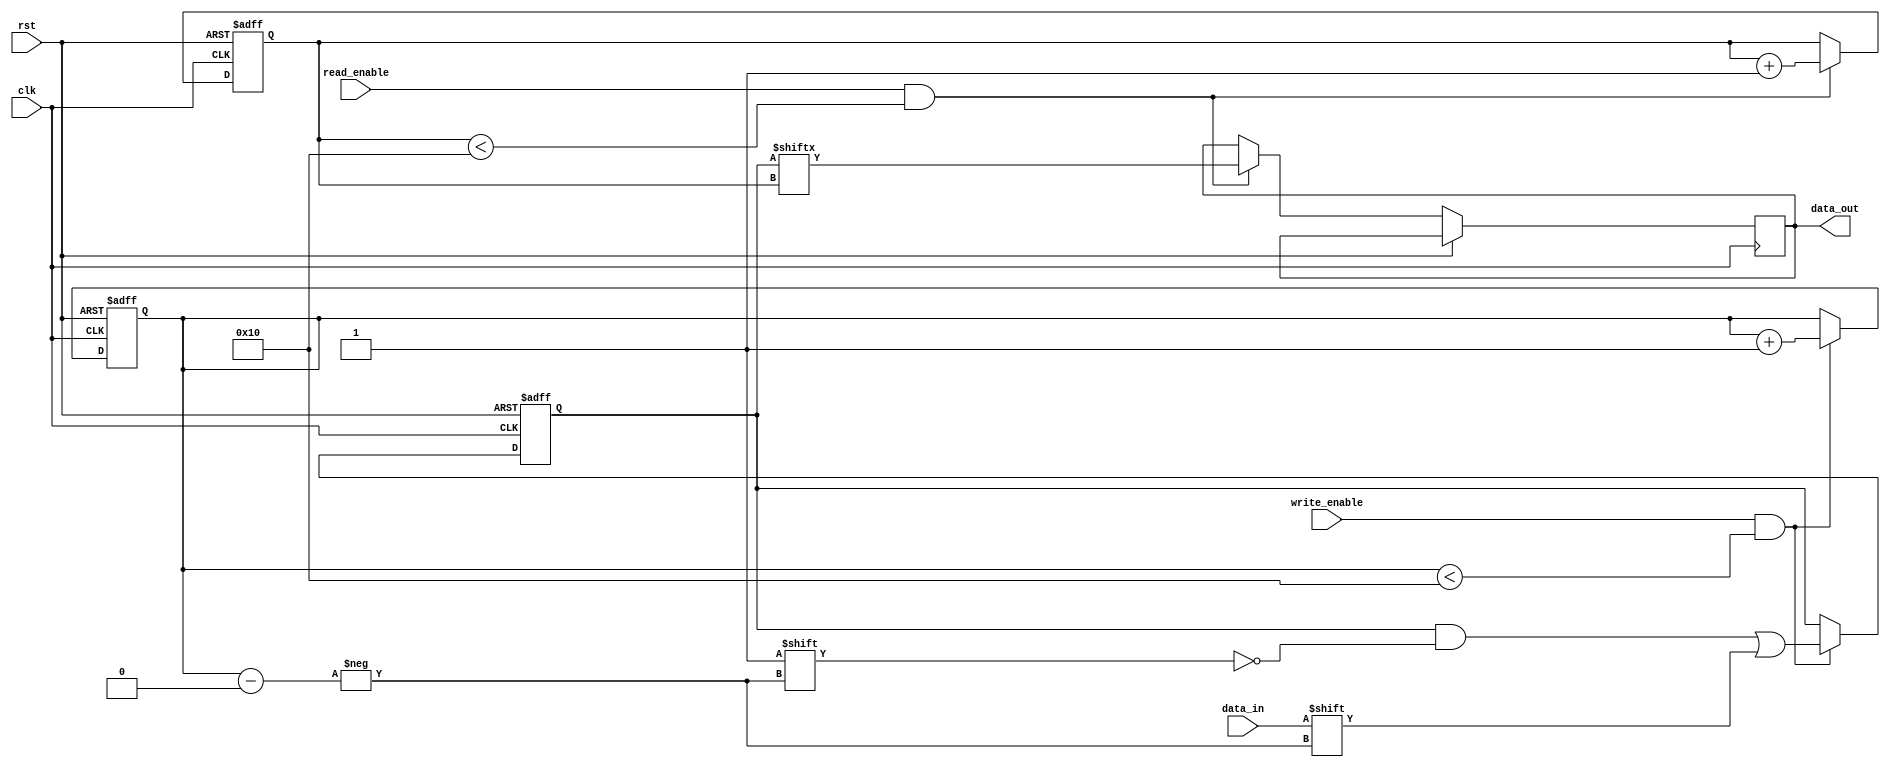
module AlmostFullFIFO(
    input wire clk,
    input wire rst,
    input wire write_enable,
    input wire read_enable,
    input wire data_in,
    output wire data_out
);

parameter FIFO_DEPTH = 16;
reg [FIFO_DEPTH-1:0] fifo_mem;
reg [4:0] write_ptr;
reg [4:0] read_ptr;

always @(posedge clk or posedge rst) begin
    if (rst) begin
        fifo_mem <= 0;
        write_ptr <= 5'b0;
        read_ptr <= 5'b0;
    end else begin
        if (write_enable && (write_ptr < FIFO_DEPTH)) begin
            fifo_mem[write_ptr] <= data_in;
            write_ptr <= write_ptr + 1;
        end
        
        if (read_enable && (read_ptr < FIFO_DEPTH)) begin
            data_out <= fifo_mem[read_ptr];
            read_ptr <= read_ptr + 1;
        end
    end
end

assign full = (write_ptr >= FIFO_DEPTH) ? 1'b1 : 1'b0;

endmodule